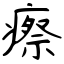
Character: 瘵